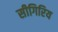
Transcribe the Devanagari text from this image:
सीगिरिय